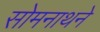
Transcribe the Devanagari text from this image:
सोमनाथने